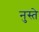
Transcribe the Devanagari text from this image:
नुस्ते